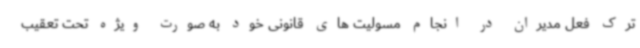
ترک فعل مدیران در انجام مسولیت های قانونی خود به صورت ویژه تحت تعقیب